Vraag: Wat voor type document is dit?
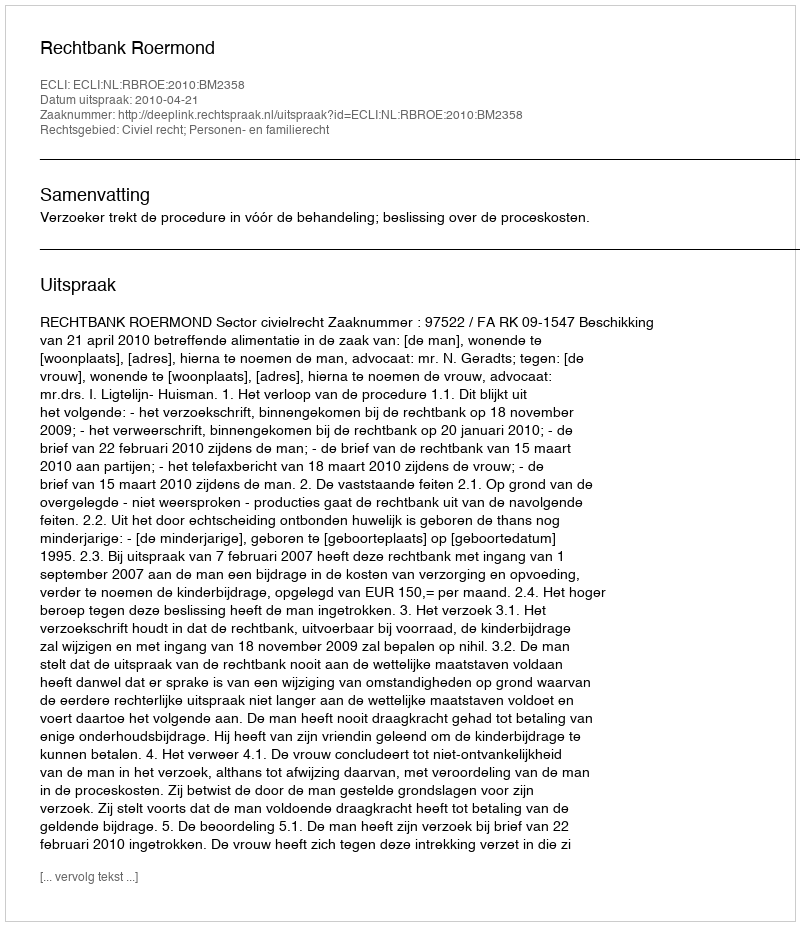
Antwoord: Uitspraak